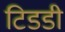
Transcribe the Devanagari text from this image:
टिडडी